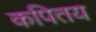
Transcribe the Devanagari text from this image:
कपितय